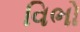
વિભો